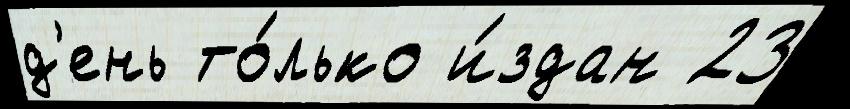
д'ень то́лько и́здан 23